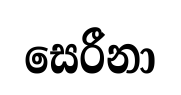
සෙරීනා